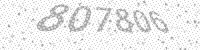
Solution: 807806